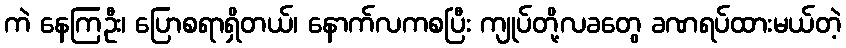
ကဲ နေကြဦး၊ ပြောစရာရှိတယ်၊ နောက်လကစပြီး ကျုပ်တို့လခတွေ ခဏရပ်ထားမယ်တဲ့